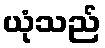
ယုံသည်